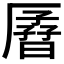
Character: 𫨟